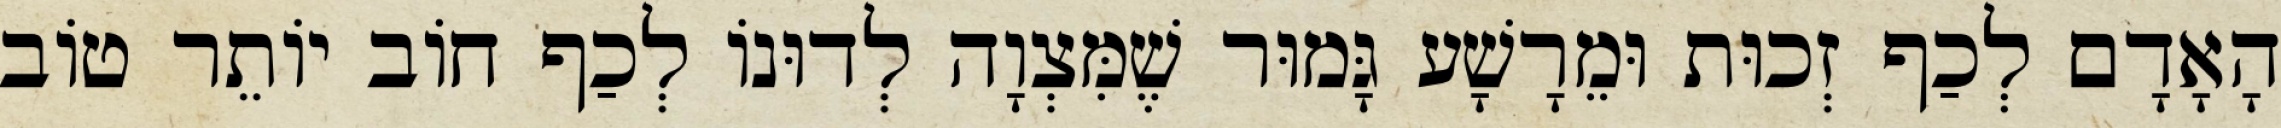
הָאָדָם לְכַף זְכוּת וּמֵרָשָׁע גָּמוּר שֶׁמִּצְוָה לְדוּנוֹ לְכַף חוֹב יוֹתֵר טוֹב